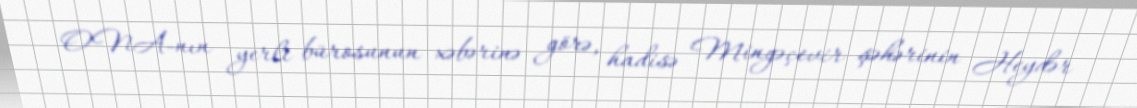
ONA-nın yerli bürosunun xəbərinə görə, hadisə Mingəçevir şəhərinin Heydər